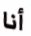
أنا